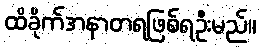
ထိခိုက်အနာတရဖြစ်ရဦးမည်။